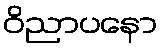
ဝိညာပနော